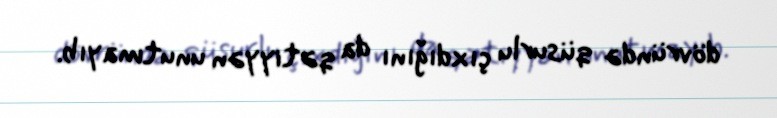
dövründə qüsurlu çıxdığını da qətiyyən unutmayıb.